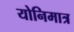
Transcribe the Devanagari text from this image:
योनिमात्र